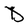
Character: D